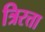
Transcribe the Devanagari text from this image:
त्रिरत्ता